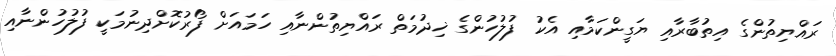
ރައްޔިތުންގެ އިތުބާރާއި ޔަގީންކަމާއި އެކު ފުލުހުންގެ ޚިދުމަތް ރައްޔިތުންނާއި ހަމައަށް ފޯރުކޮށްދިނުމަކީ ފުލުހުންނާއި